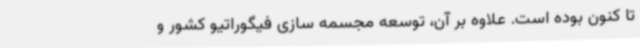
تا کنون بوده است. علاوه بر آن، توسعه مجسمه سازی فیگوراتیو کشور و